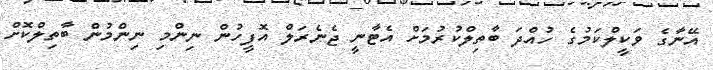
އޭނާގެ ވަކީލްކަމުގެ ހުއްދަ ބާތިލްކުރުމަށް އެޓާނީ ޖެނެރަލް އޮފީހުން ނިންމި ނިންމުން ބާތިލްކޮށް